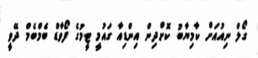
ގޯލް ނިއުއަށް ކާމިޔާބު ކޮށްދިން އިންޑިއާ ގައުމީ ޓީމުގެ ފޯވާޑް ބެމްބެމް ދޭވީ